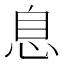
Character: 息